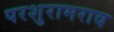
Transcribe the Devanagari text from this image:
परशुरामराव